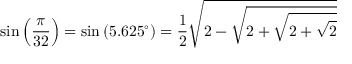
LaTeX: \sin \left( { \frac { \pi } { 3 2 } } \right) = \sin \left( 5 . 6 2 5 ^ { \circ } \right) = { \frac { 1 } { 2 } } { \sqrt { 2 - { \sqrt { 2 + { \sqrt { 2 + { \sqrt { 2 } } } } } } } }